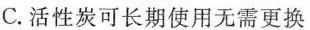
C.活性炭可长期使用无需更换